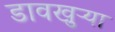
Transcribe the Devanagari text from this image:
डावखुऱ्या